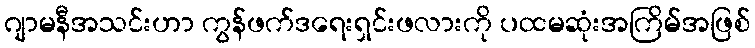
ဂျာမနီအသင်းဟာ ကွန်ဖက်ဒရေးရှင်းဖလားကို ပထမဆုံးအကြိမ်အဖြစ်